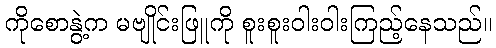
ကိုစောနွဲ့က မဗျိုင်းဖြူကို စူးစူးဝါးဝါးကြည့်နေသည်။